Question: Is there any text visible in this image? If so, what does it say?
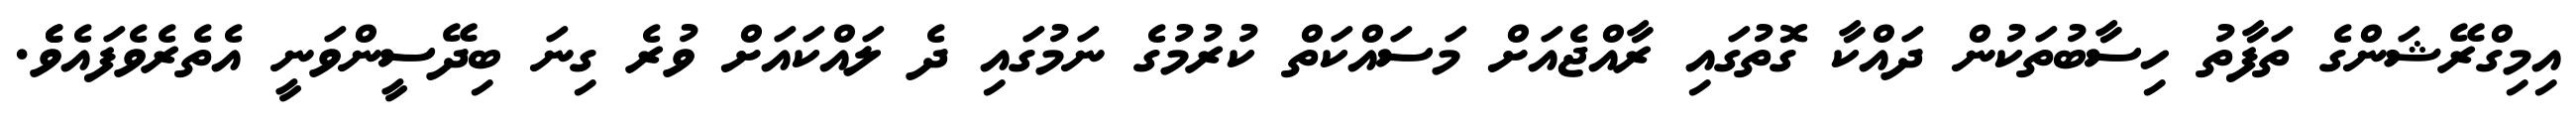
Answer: އިމިގްރޭޝަންގެ ތަފާތު ހިސާބުތަކުން ދައްކާ ގޮތުގައި ރާއްޖެއަށް މަސައްކަތް ކުރުމުގެ ނަމުގައި ދެ ލައްކައަށް ވުރެ ގިނަ ބިދޭސީންވަނީ އެތެރެވެފައެވެެ.